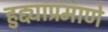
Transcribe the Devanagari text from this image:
हुद्द्याप्रमाणे